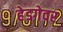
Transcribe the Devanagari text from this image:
हेडगेवर